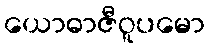
ယောဓာဇီဝူပမော